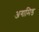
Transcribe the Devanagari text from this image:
अगामिड